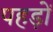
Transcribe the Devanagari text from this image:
पहड़ों